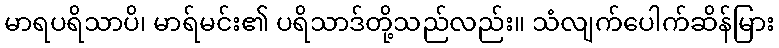
မာရပရိသာပိ၊ မာရ်မင်း၏ ပရိသာဒ်တို့သည်လည်း။ သံလျက်ပေါက်ဆိန်မြား